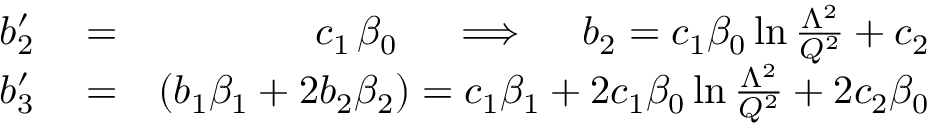
\begin{array} { r l r } { b _ { 2 } ^ { \prime } } & { { } = } & { c _ { 1 } \, \beta _ { 0 } \quad \implies \quad b _ { 2 } = c _ { 1 } \beta _ { 0 } \ln { \frac { \Lambda ^ { 2 } } { Q ^ { 2 } } } + c _ { 2 } } \\ { b _ { 3 } ^ { \prime } } & { { } = } & { ( b _ { 1 } \beta _ { 1 } + 2 b _ { 2 } \beta _ { 2 } ) = c _ { 1 } \beta _ { 1 } + 2 c _ { 1 } \beta _ { 0 } \ln { \frac { \Lambda ^ { 2 } } { Q ^ { 2 } } } + 2 c _ { 2 } \beta _ { 0 } } \end{array}